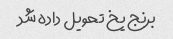
برنج یخ تحویل داده شد